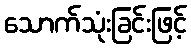
သောက်သုံးခြင်းဖြင့်